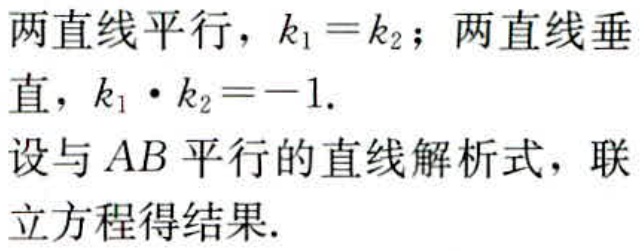
两直线平行，\(k_{1}=k_{2}\)；两直线垂直，\(k_{1}\cdot k_{2}=-1\).
设与\(AB\)平行的直线解析式，联立方程得结果.